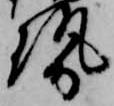
勢